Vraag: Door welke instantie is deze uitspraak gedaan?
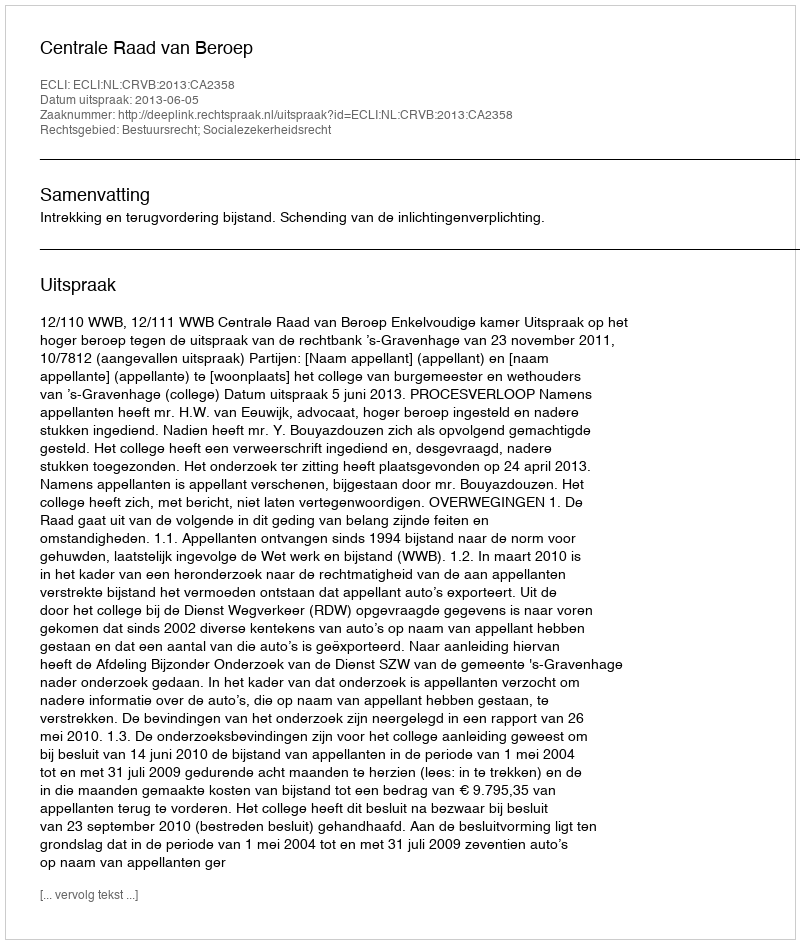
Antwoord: Centrale Raad van Beroep